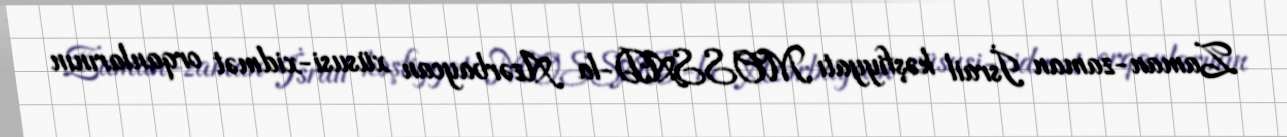
Zaman-zaman İsrail kəşfiyyatı MOSSAD-la Azərbaycan xüsusi-xidmət orqanlarının